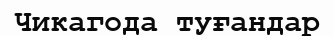
Чикагода туғандар